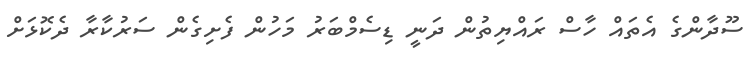
ސޫދާންގެ އެތައް ހާސް ރައްޔިތުން ދަނީ ޑިސެމްބަރު މަހުން ފެށިގެން ސަރުކާރާ ދެކޮޅަށް